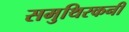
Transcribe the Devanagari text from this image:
समुथिरकनी